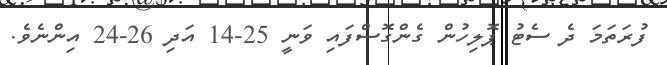
ފުރަތަމަ ދެ ސެޓު ޕޮލިހުން ގެންގޮސްފައި ވަނީ 25-14 އަދި 26-24 އިންނެވެ.